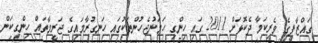
ގައްޒާފީގެ ވެރިކަމާ ދެކޮޅަށް 2011 ގައި ހިންގި ހަމަނުޖެހުންތަކުގައި ހަނގުރާމައިގެ ޖަރީމާތައް ހިންގިކަން